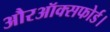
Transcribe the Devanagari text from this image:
औरऑक्सफोर्ड।